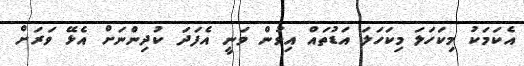
އެކަމަކު މިކަހަލަ މިކަހަލަ އަޑުތައް އިވުން ވަނީ އެފަދަ ކުދިންނަށް އެޅޭ ވަރަށް